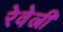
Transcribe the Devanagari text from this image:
रेवेल्री